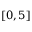
[ 0 , 5 ]